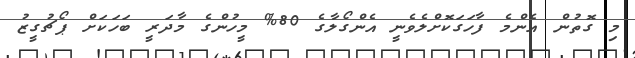
މި ގޮތުން އެންމެ ފާހަގަކޮށްލެވެނީ އެންގޯލާގެ 80% މީހުންގެ މާދަރީ ބަހަކަށް ޕޯޗުގީޒު